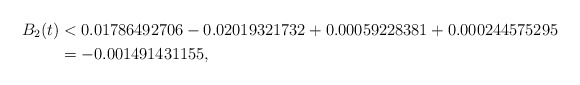
\begin{align*}B_2(t) & < 0.01786492706 - 0.02019321732 + 0.00059228381 + 0.000244575295 \\ & = -0.001491431155 , \end{align*}